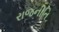
રાજનીતિ